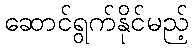
ဆောင်ရွက်နိုင်မည့်